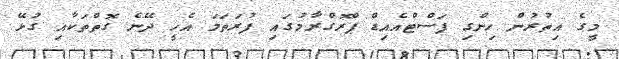
މީގެ އިތުރުން ހިންގި ފަސްޓްއެއިޑް ޕްރޮގްރާމުގައި ފުރަތަމަ އެހީ ދޭނެ ގޮތްތަކާއި ގުޅޭ